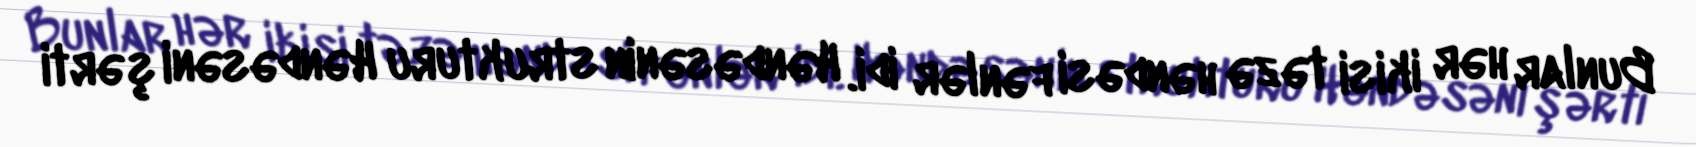
Bunlar hər ikisi təzə həndəsi fənlər idi. Həndəsənin strukturu Həndəsəni şərti